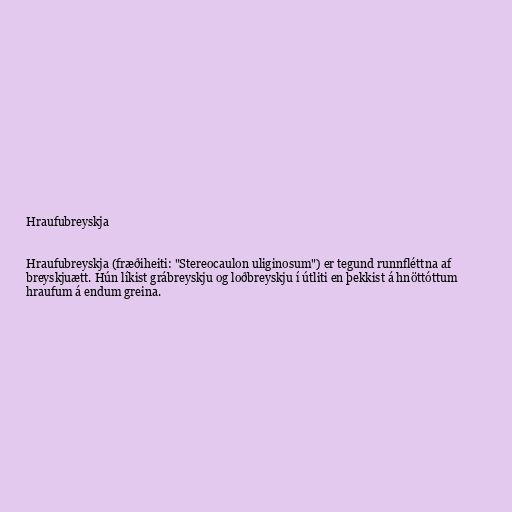
Hraufubreyskja

Hraufubreyskja (fræðiheiti: "Stereocaulon uliginosum") er tegund runnfléttna af
breyskjuætt. Hún líkist grábreyskju og loðbreyskju í útliti en þekkist á hnöttóttum
hraufum á endum greina.